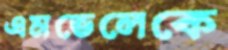
এমভেলেকে